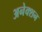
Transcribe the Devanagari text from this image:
अनेक्शन